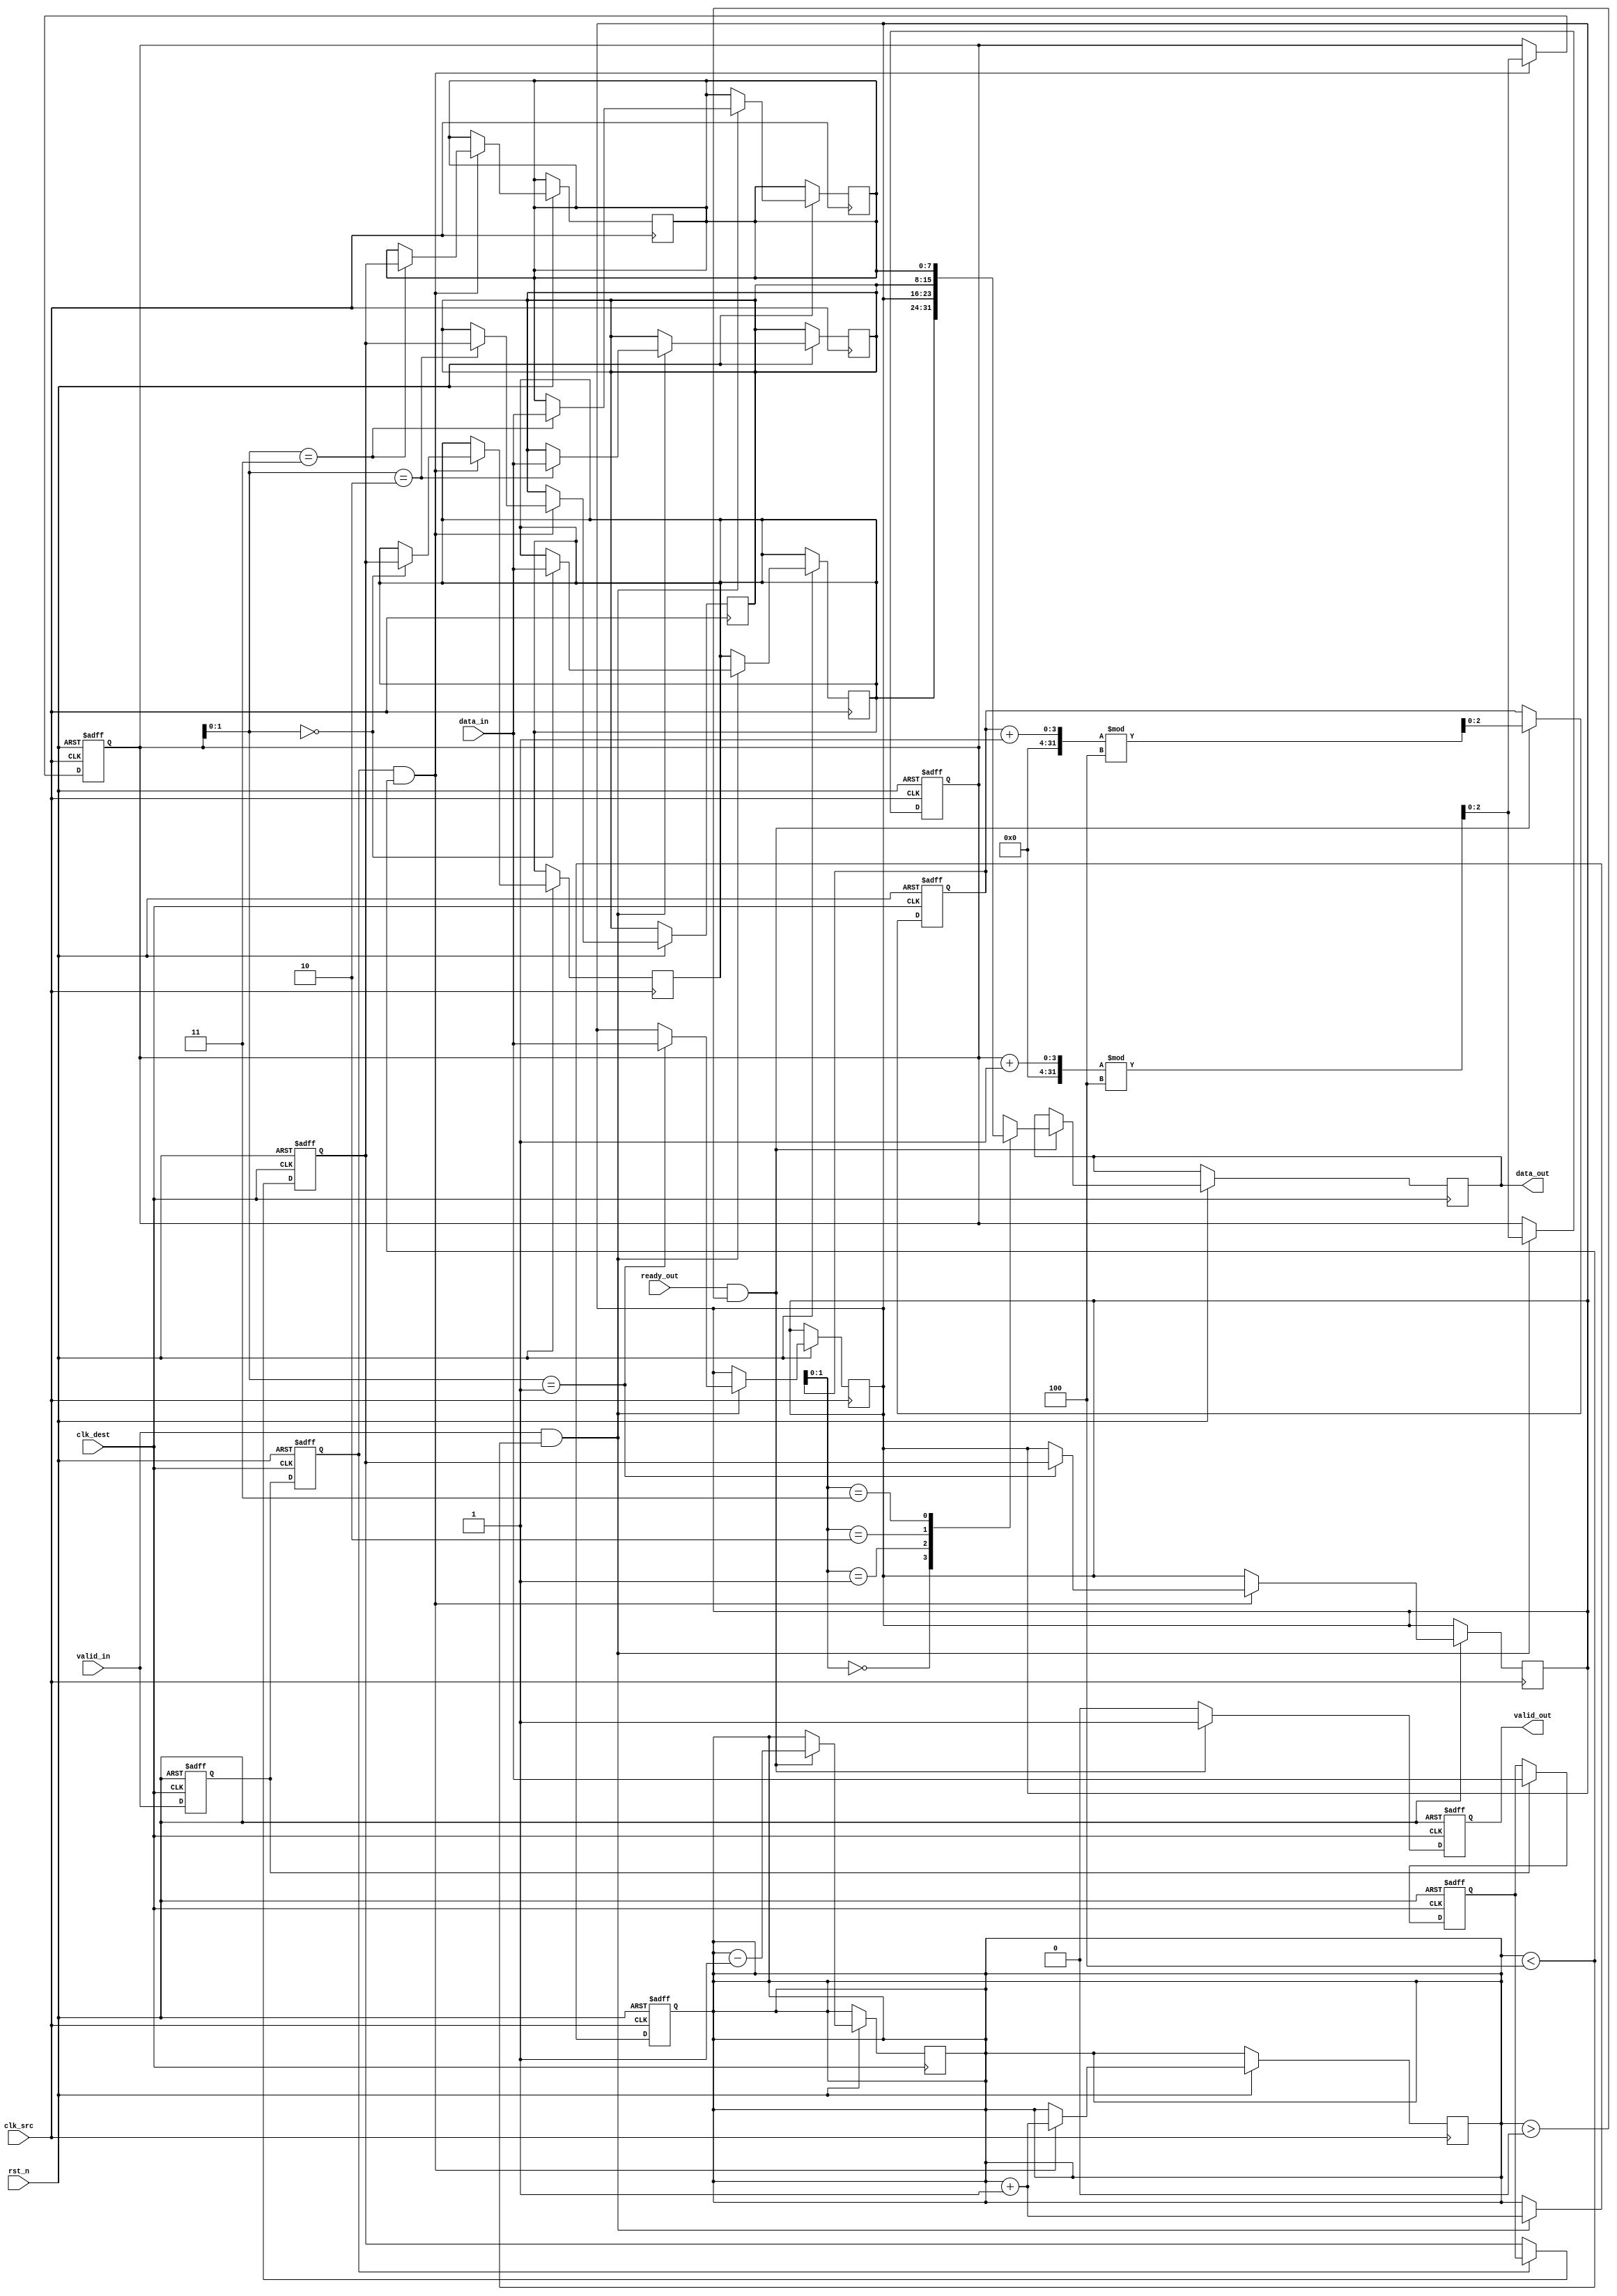
module MemoryBlocksPipelineSynchronizer #(
    parameter DATA_WIDTH = 8,
    parameter FIFO_DEPTH = 4 // Adjust FIFO depth as needed
)(
    input wire clk_src,               // Source clock
    input wire clk_dest,              // Destination clock
    input wire rst_n,                 // Active low reset
    input wire [DATA_WIDTH-1:0] data_in, // Data input from source clock domain
    input wire valid_in,              // Valid signal for input data
    output reg [DATA_WIDTH-1:0] data_out, // Synchronized data output
    output reg valid_out,             // Valid signal for output data
    input wire ready_out              // Ready signal from destination clock domain
);

    // FIFO buffer implementation
    reg [DATA_WIDTH-1:0] fifo [0:FIFO_DEPTH-1];
    reg [2:0] wr_ptr; // Write pointer
    reg [2:0] rd_ptr; // Read pointer
    reg [2:0] count;  // Number of items in FIFO

    // Synchronization registers
    reg [DATA_WIDTH-1:0] sync_data_1;
    reg [DATA_WIDTH-1:0] sync_data_2;
    reg valid_sync_1;
    reg valid_sync_2;

    // Asynchronous reset logic
    always @(posedge clk_src or negedge rst_n) begin
        if (!rst_n) begin
            wr_ptr <= 0;
            count <= 0;
        end else if (valid_in && (count < FIFO_DEPTH)) begin
            fifo[wr_ptr] <= data_in;
            wr_ptr <= (wr_ptr + 1) % FIFO_DEPTH;
            count <= count + 1;
        end
    end

    // Read logic for FIFO
    always @(posedge clk_dest or negedge rst_n) begin
        if (!rst_n) begin
            rd_ptr <= 0;
            valid_out <= 0;
        end else if (ready_out && (count > 0)) begin
            data_out <= fifo[rd_ptr];
            valid_out <= 1;
            rd_ptr <= (rd_ptr + 1) % FIFO_DEPTH;
            count <= count - 1;
        end else begin
            valid_out <= 0;
        end
    end

    // Synchronization logic
    always @(posedge clk_dest or negedge rst_n) begin
        if (!rst_n) begin
            sync_data_1 <= 0;
            sync_data_2 <= 0;
            valid_sync_1 <= 0;
            valid_sync_2 <= 0;
        end else begin
            // Synchronize valid signal
            valid_sync_1 <= valid_in;
            valid_sync_2 <= valid_sync_1;

            // Synchronize data
            if (valid_sync_1) begin
                sync_data_1 <= data_in;
            end
            if (valid_sync_2) begin
                sync_data_2 <= sync_data_1;
            end
        end
    end

    // Write synchronized data to FIFO
    always @(posedge clk_src or negedge rst_n) begin
        if (!rst_n) begin
            wr_ptr <= 0;
        end else if (valid_sync_2 && (count < FIFO_DEPTH)) begin
            fifo[wr_ptr] <= sync_data_2;
            wr_ptr <= (wr_ptr + 1) % FIFO_DEPTH;
            count <= count + 1;
        end
    end

endmodule